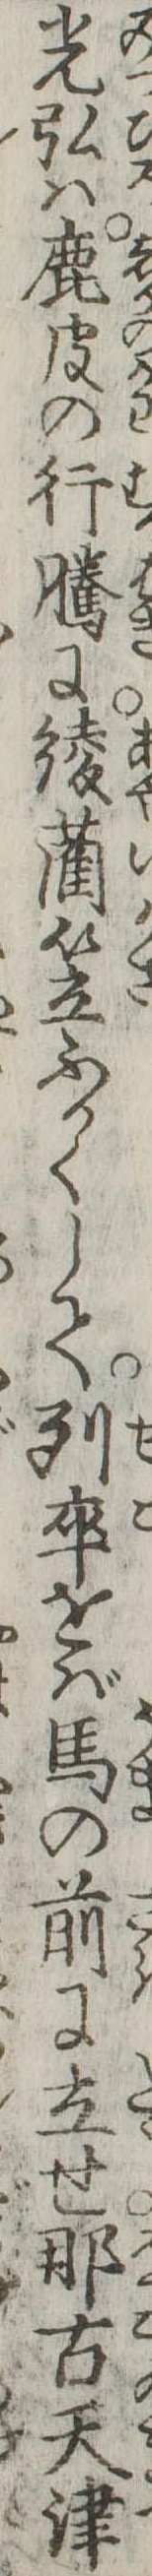
光弘は鹿皮の行騰に綾藺笠ふかくして列卒をば馬の前に立せ那古天津